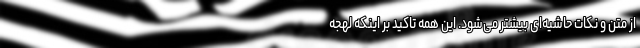
از متن و نکات حاشیه‌ای بیشتر می‌شود. این‌ همه تاکید بر اینکه لهجه